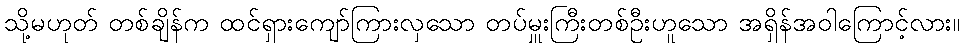
သို့မဟုတ် တစ်ချိန်က ထင်ရှားကျော်ကြားလှသော တပ်မှူးကြီးတစ်ဦးဟူသော အရှိန်အဝါကြောင့်လား။